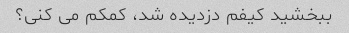
ببخشید کیفم دزدیده شد، کمکم می کنی؟